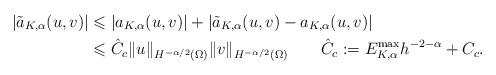
LaTeX: \begin{align*}|\tilde{a}_{K,\alpha}(u,v)| & \leqslant|a_{K,\alpha}(u,v)|+|\tilde{a}_{K,\alpha}(u,v)-a_{K,\alpha}(u,v)|\\& \leqslant\hat{C}_{c}\Vert u\Vert_{H^{-\alpha/2}\left( \Omega\right)}\Vert v\Vert_{H^{-\alpha/2}\left( \Omega\right) }\qquad\hat{C}_{c}:=E_{K,\alpha}^{\max}h^{-2-\alpha}+C_{c}.\end{align*}